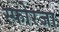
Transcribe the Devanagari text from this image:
स्फोरजा